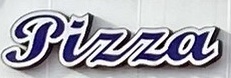
Pizza